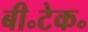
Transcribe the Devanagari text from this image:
बी॰टेक॰